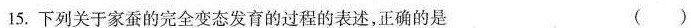
15.下列关于家蚕的完全变态发育的过程的表述，正确的是 ( )